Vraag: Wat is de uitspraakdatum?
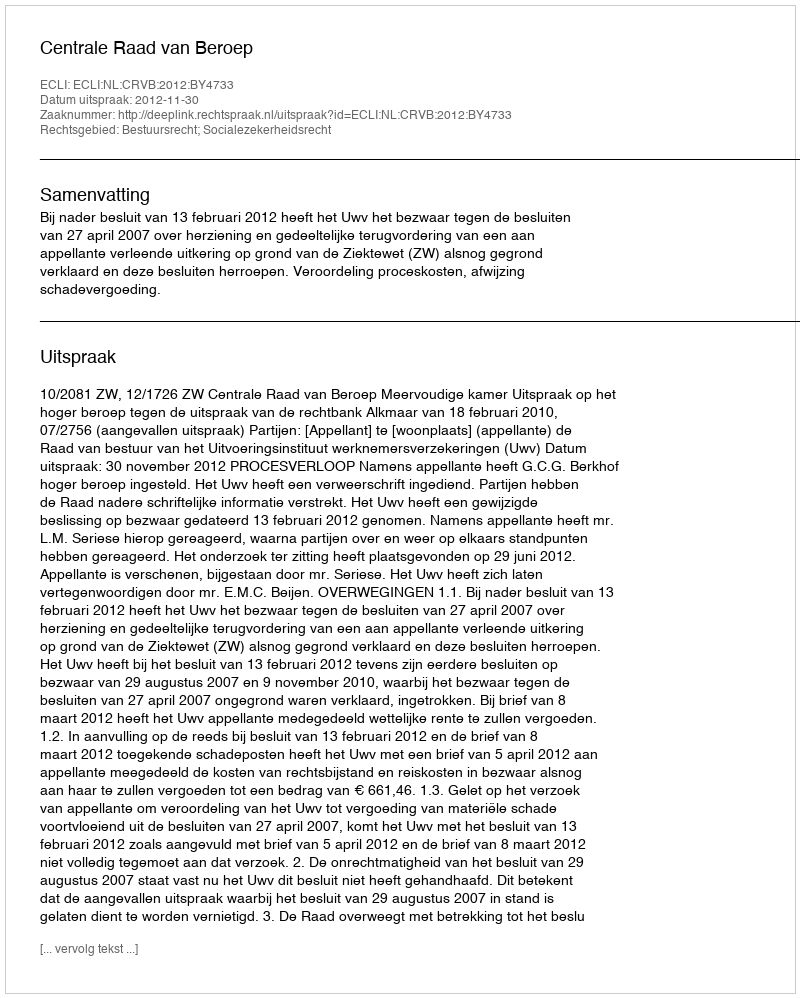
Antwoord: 2012-11-30